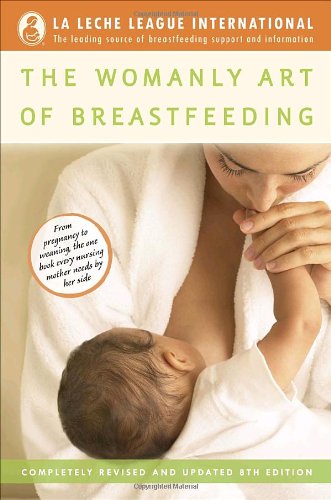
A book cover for The Womanly Art of Breastfeeding; Diane Wiessinger; Parenting & Relationships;